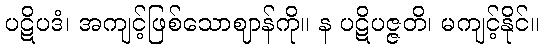
ပဋိပဒံ၊ အကျင့်ဖြစ်သောဈာန်ကို။ န ပဋိပဇ္ဇတိ၊ မကျင့်နိုင်။